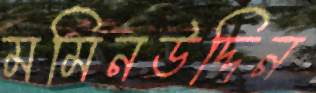
মমিনউদ্দিন